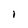
Character: I